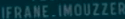
IFRANE_IMOUZER